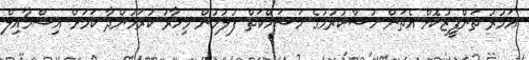
އަމުރު ތަންފީޒުކޮށް އެތަން ހުސްކުރުމުގެ މަސައްކަތް ފުލުހުން މިހާރު ކުރަމުންދާ ކަމަށް އިސްމާއިލް